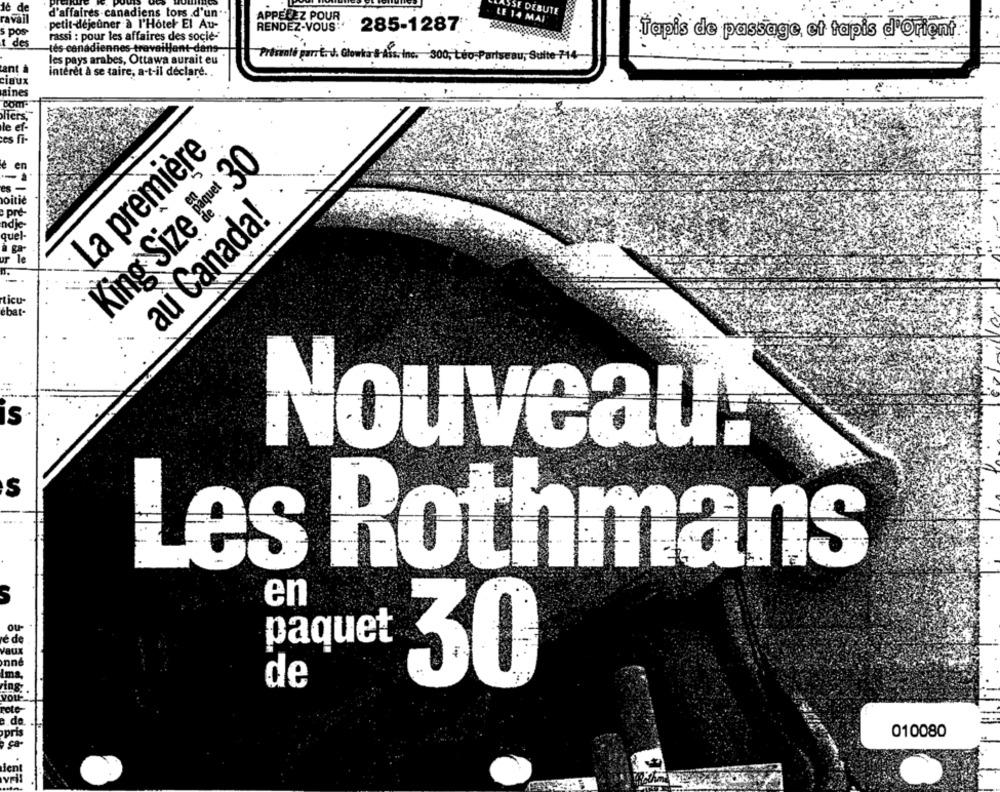
dé de
d'affaires canadiens tors .d'un
APPELEZ POUR
LE 14 MAI
LASSE DEBUTE
ravail
petit-déjeuner à l'Hotel El Au-
s pos-
RENDEZ-VOUS"
285-1287
rassi : pour les affaires des socie-
Tapis de passage et tapis d'Orient
1 des
tés canadiennes travaillent-dans-
les pays arabes, Ottawa aurait eu
Prismati porr E. v. Glowkar Ais, Inc. 300, Léo-Partseau, Suite-714-
ant
intérêt à se taire, a-t-il déclaré. .
ciaux
aines
Com
le ef-
es fi-
La première
e en
King Size ETue 30
-
es-
moitié
: pre-
au Canada!
ndc-
quel-
a ga-
ur le
ticu-
ebat-
S
Nouveau:
S
Les Rothmans
en
OU
é de
paquet
nne
Ima,
30
de
ring
rote-
3.de
010080